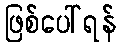
ဖြစ်ပေါ်ရန်